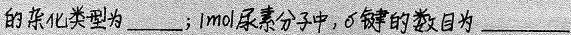
##杂化类型为___；1 mol尿素分子中，σ键的数目为___##